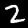
Label: 2